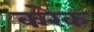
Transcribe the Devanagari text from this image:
करेक